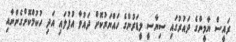
ރައީސް ޔާމީންގެ ދައުރުގައި ސިޔާސީ ލީޑަރުންގެ ހައްޔަރުކޮށް ދައުވާ އުފުލައި އަދި ހުކުމްކޮށްގެންނާއި